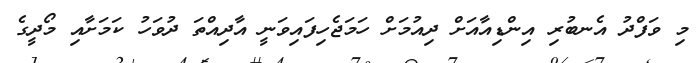
މި ވަފްދު އެނބުރި އިންޑިއާއަށް ދިއުމަށް ހަމަޖެހިފައިވަނީ އާދިއްތަ ދުވަހު ކަމަށާއި މޯދީގެ